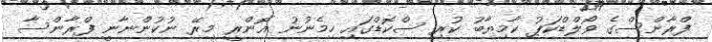
ފްރާންސްގެ ވޯލްޑްކަޕު ކާމިޔާބު ކުރި ސްކޮޑްގައި ހިމެނުނު އޮންރީ މިރޭ ނުކުންނާނީ ފްރާންސާ